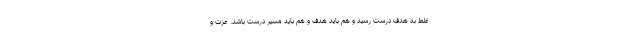
غلط به هدف درست رسید و هم باید هدف و هم باید مسیر درست باشد. عزت و